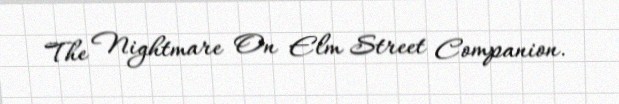
The Nightmare On Elm Street Companion.